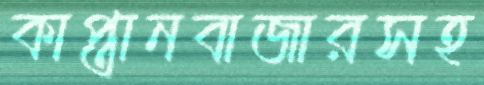
কাপ্তানবাজারসহ